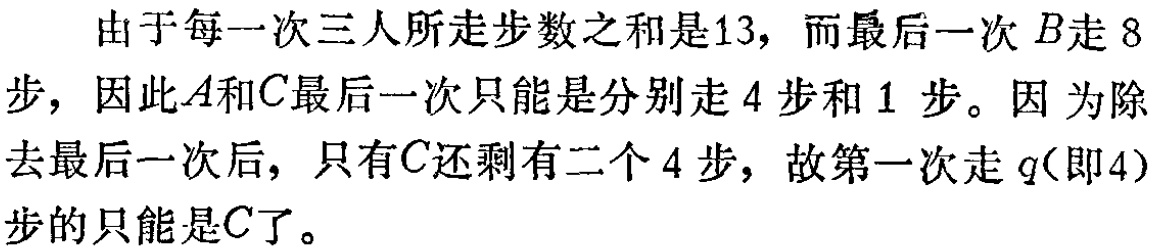
由于每一次三人所走步数之和是13，而最后一次 \(B\)走 8步，因此\(A\)和\(C\)最后一次只能是分别走 4 步和 1 步。因为除去最后一次后，只有\(C\)还剩有二个 4 步，故第一次走 \(q\)(即4)步的只能是\(C\)了。